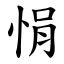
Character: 悁